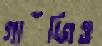
গাঁজিও